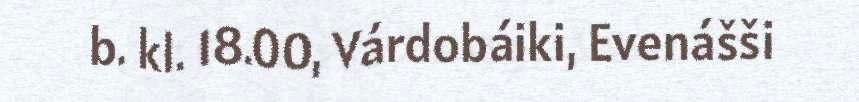
b. kl. 18.00, Várdobáiki, Evenášši